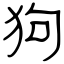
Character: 狗